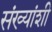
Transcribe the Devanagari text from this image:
संख्यांशी